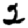
Digit: 2